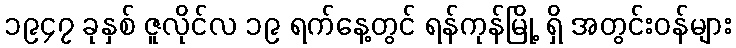
၁၉၄၇ ခုနှစ် ဇူလိုင်လ ၁၉ ရက်နေ့တွင် ရန်ကုန်မြို့ ရှိ အတွင်းဝန်များ